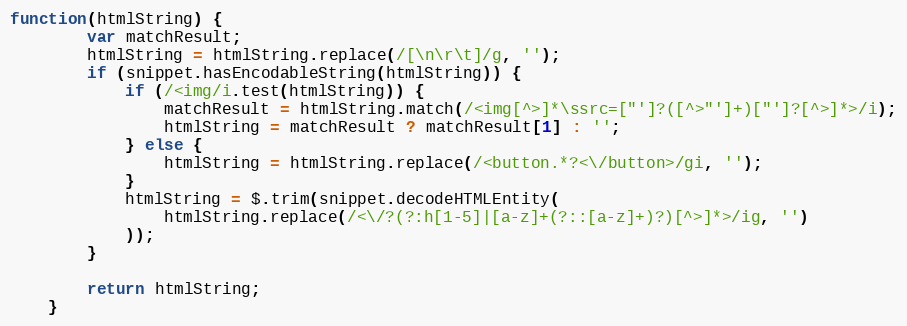
Language: JavaScript
function(htmlString) {
        var matchResult;
        htmlString = htmlString.replace(/[\n\r\t]/g, '');
        if (snippet.hasEncodableString(htmlString)) {
            if (/<img/i.test(htmlString)) {
                matchResult = htmlString.match(/<img[^>]*\ssrc=["']?([^>"']+)["']?[^>]*>/i);
                htmlString = matchResult ? matchResult[1] : '';
            } else {
                htmlString = htmlString.replace(/<button.*?<\/button>/gi, '');
            }
            htmlString = $.trim(snippet.decodeHTMLEntity(
                htmlString.replace(/<\/?(?:h[1-5]|[a-z]+(?::[a-z]+)?)[^>]*>/ig, '')
            ));
        }

        return htmlString;
    }